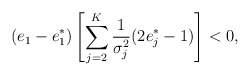
\begin{align*}(e_1-e_1^*)\left[\sum\limits_{j=2}^K\frac{1}{\sigma_j^2}(2e_j^*-1)\right]< 0,\end{align*}